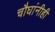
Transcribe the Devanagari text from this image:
चौघांनीही